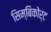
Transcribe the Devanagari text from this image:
सिम्बिकोर्ट